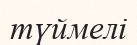
түймелі